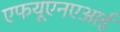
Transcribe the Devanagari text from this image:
एफयूएनएआई